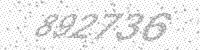
Solution: 892736